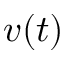
v ( t )